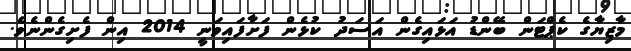
މާޒިޔާގެ ކެޕްޓަން ބޭންޑު އަޅައިގެން އަސަދު ކުޅެން ފަށާފައިވަނީ 2014 އިން ފެށިގެންނެވެ.